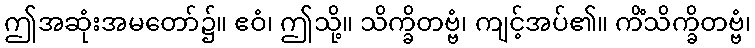
ဤအဆုံးအမတော်၌။ ဧဝံ၊ ဤသို့။ သိက္ခိတဗ္ဗံ၊ ကျင့်အပ်၏။ ကိံသိက္ခိတဗ္ဗံ၊